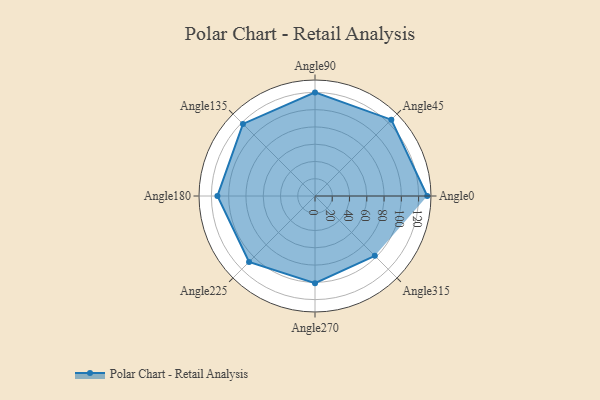
{"axis": {"x": "Angle", "y": "Radius"}, "legend": [""], "data": [{"x": "Angle0", "y": 130.0, "type": ""}, {"x": "Angle45", "y": 125.0, "type": ""}, {"x": "Angle90", "y": 120.0, "type": ""}, {"x": "Angle135", "y": 118.0, "type": ""}, {"x": "Angle180", "y": 113.0, "type": ""}, {"x": "Angle225", "y": 108.0, "type": ""}, {"x": "Angle270", "y": 101.0, "type": ""}, {"x": "Angle315", "y": 98.0, "type": ""}]}